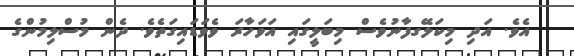
އެވެ. އަދި މިކަލޭގފާނުވެސް މިބަލީގައި އަވަހާރަ ވެވަޑައިގަތެވެ. ދެން މުސްލިމުންގެ